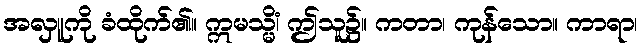
အလှူကို ခံထိုက်၏။ ဣမသ္မိံ၊ ဤသူ၌။ ကတာ၊ ကုန်သော။ ကာရာ၊